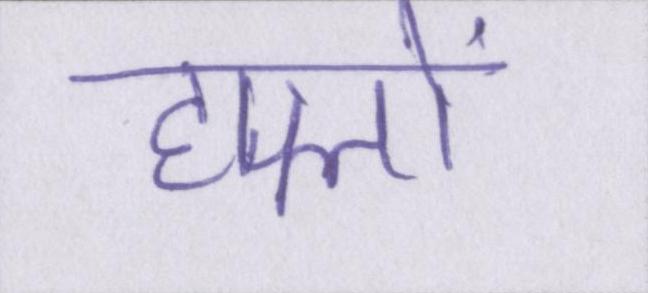
हफ्तों